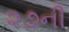
૨૭ની